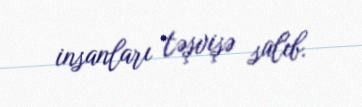
insanları təşvişə salıb.